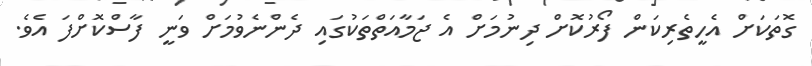
ގޮތަކަށް އެހީތެރިކަން ފޯރުކޮށް ދިނުމަށް އެ ޖަމާއަތްތަކުގައި ދެންނެވުމަށް ވަނީ ފާސްކޮށްފަ އެވެ.